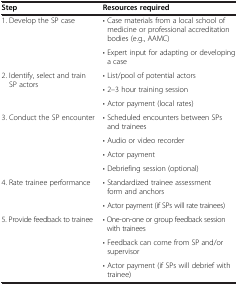
<table><thead><tr><td><b>Step</b></td><td><b>Resources required</b></td></tr></thead><tbody><tr><td rowspan="2">1. Develop the SP case</td><td>• Case materials from a local school of medicine or professional accreditation bodies (e.g., AAMC)</td></tr><tr><td>• Expert input for adapting or developing a case</td></tr><tr><td rowspan="3">2. Identify, select and train SP actors</td><td>• List/pool of potential actors</td></tr><tr><td>• 2–3 hour training session</td></tr><tr><td>• Actor payment (local rates)</td></tr><tr><td rowspan="4">3. Conduct the SP encounter</td><td>• Scheduled encounters between SPs and trainees</td></tr><tr><td>• Audio or video recorder</td></tr><tr><td>• Actor payment</td></tr><tr><td>• Debriefing session (optional)</td></tr><tr><td rowspan="2">4. Rate trainee performance</td><td>• Standardized trainee assessment form and anchors</td></tr><tr><td>• Actor payment (if SPs will rate trainees)</td></tr><tr><td rowspan="2">5. Provide feedback to trainee</td><td>• One-on-one or group feedback session with trainees</td></tr><tr><td>• Feedback can come from SP and/or supervisor</td></tr><tr><td> </td><td>• Actor payment (if SPs will debrief with trainee)</td></tr></tbody></table>